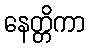
နေတ္တိကာ